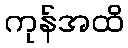
ကုန်အထိ